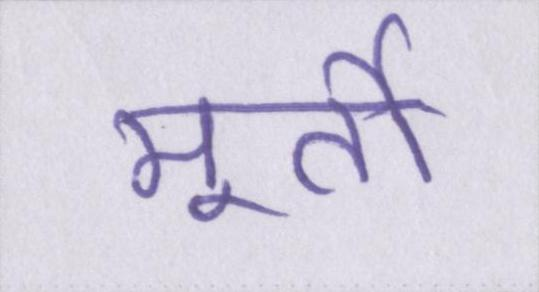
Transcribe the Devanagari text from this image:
मूर्ती